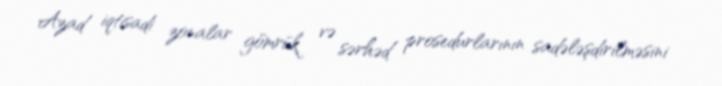
Azad iqtisadi zonalar gömrük və sərhəd prosedurlarının sadələşdirilməsini